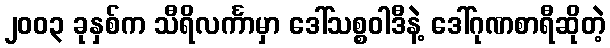
၂၀၀၃ ခုနှစ်က သီရိလင်္ကာမှာ ဒေါ်သစ္စဝါဒီနဲ့ ဒေါ်ဂုဏစာရီဆိုတဲ့